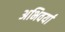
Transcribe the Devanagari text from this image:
अभिवर्या